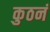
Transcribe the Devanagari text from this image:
कुठनं